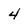
Character: 4